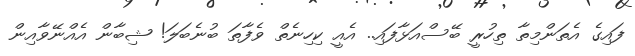
ފައިގެ އެތަންމިތާ ތިހުރީ ބޭސްއަޅާފައި.. އެއީ ކިހިނެތް ވެފާތަ ބުނެބަލަ! ޝިބާން އެއްނޭވާއިން